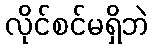
လိုင်စင်မရှိဘဲ